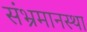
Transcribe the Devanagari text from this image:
संभ्रमानस्था